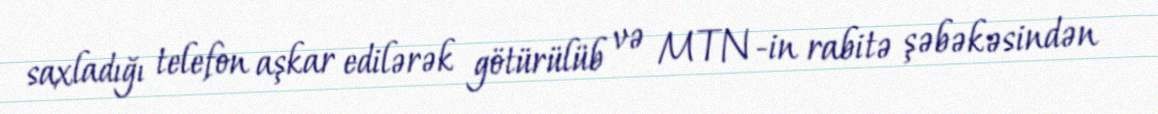
saxladığı telefon aşkar edilərək götürülüb və MTN-in rabitə şəbəkəsindən